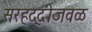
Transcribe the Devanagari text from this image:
सरहद्दीजवळ